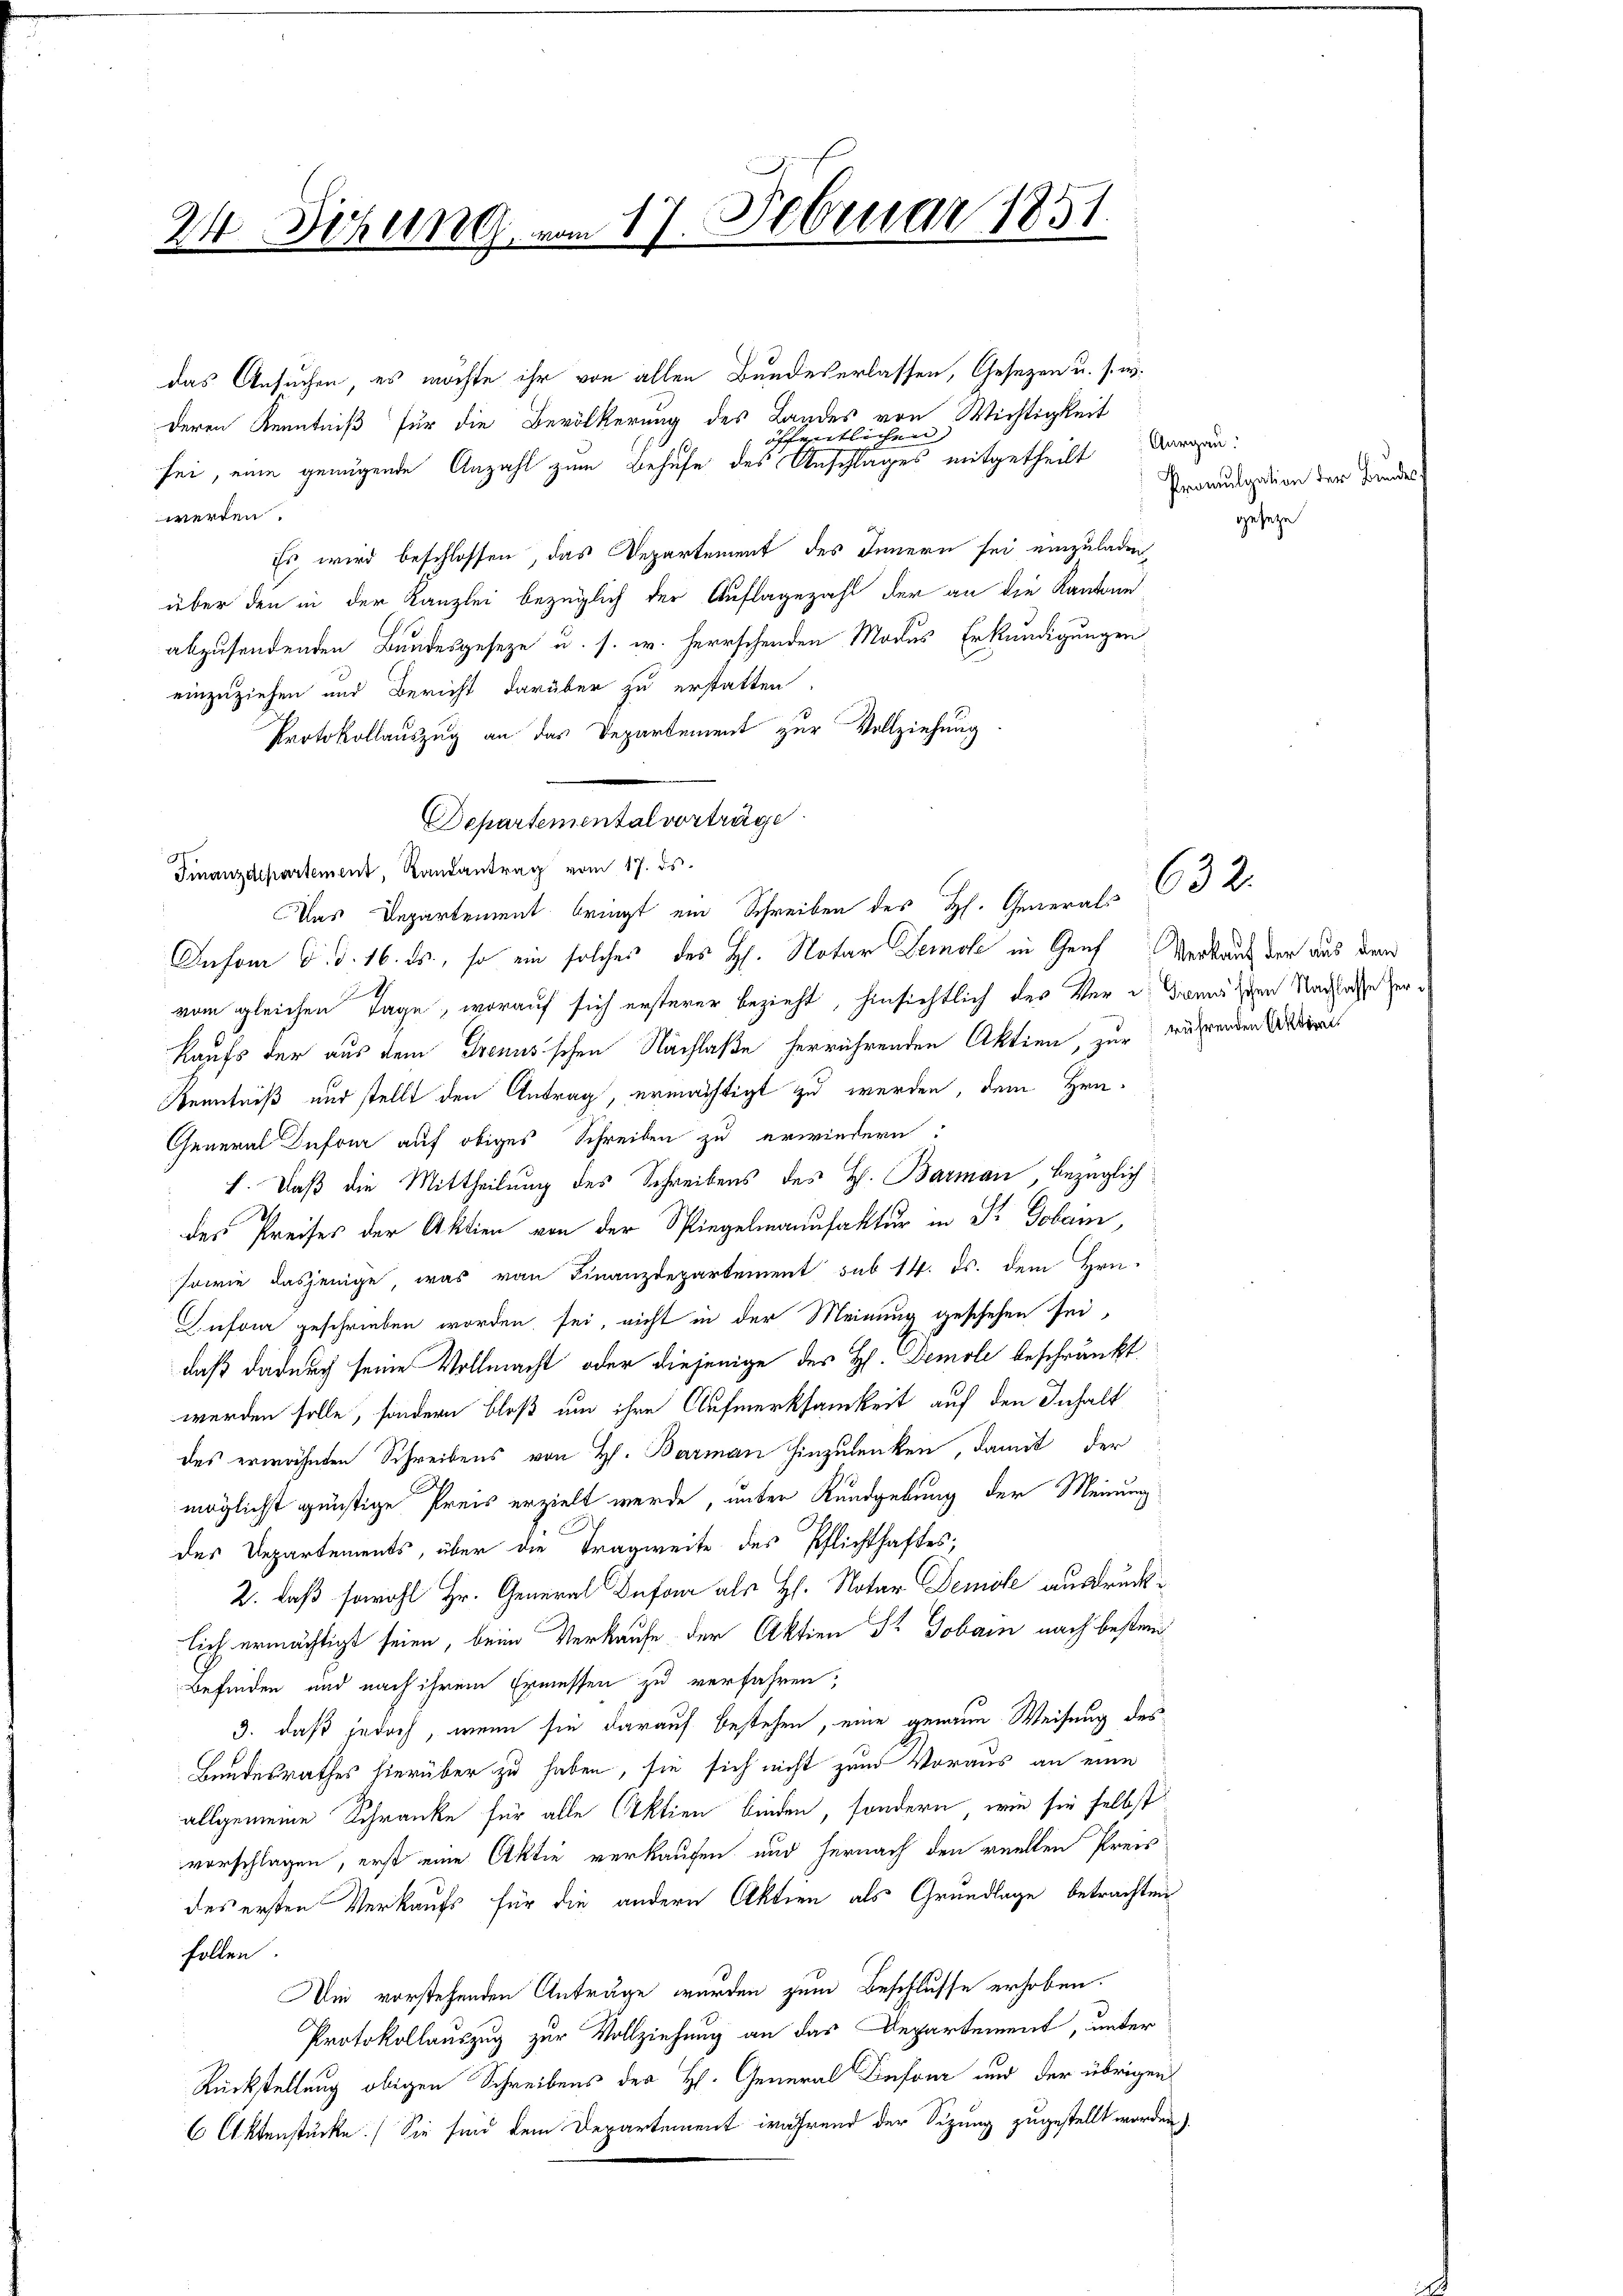
24 Sitzung vom 17. Februar 1851.

das Ansuchen, es möchte ihr von allen Bundeserlassen, Gesezen u. s. w.
deren Kenntniß für die Bevölkerung des Landes von Wichtigkeit
sei, eine genügende Anzahl zum Behufe des Anschlages mitgetheilt
werden.
Es wird beschlossen, das Departement des Innern sei einzuladen,
über den in der Kanzlei bezüglich der Auflagezahl der an die Kanton
abzusendenden Bundesgeseze u. s. w. herrschenden Modus Erkundigungen
einzuziehen und Bericht darüber zu erstatten.
Protokollauszug an das Departement zur Vollziehung
Departemental vorträge
Finanzdepartement, Landantrag vom 17. ds.
Das Departement bringt ein Schreiben des H. Generals
Dafom d. d. 16. ds., so ein solches des H. Notar Demole in Genf Verkauf der aus dem
vom gleichen Tage, worauf sich ersterer bezieht, hinsichtlich des Verdanischen Nachlasse her¬
Kaufs der aus dem Trennsschen Nachlaße herrührenden Aktien, zur währenden Ar
Kenntniß und stellt den Antrag, ermächtigt zu werden, dem Hrn.
General Dufour auf obiges Schreiben zu erwiedern:
f. Daß die Mittheilung des Schreibens des H. Barman, bezüglich
des Preises der Aktien von der Spiegelmanufaktur in Dr Gobain,
sowie dasjenige, was von Finanzdepartement sub 14. ds. dem Hrn.
ufour geschrieben worden sei, nicht in der Meinung geschehen sei,
daß dadurch seine Vollmacht oder diejenige des H. Demole beschränkt
werden solle, sondern bloß um ihre Aufmerksamkeit auf den Inhalt
des erwähnten Schreibens von H. Barman hinzulenken, damit der
möglichst günstige Preis erzielt werde, unter Kundgebung der Meinung
des Departements, über die Tragweite des Pflichthaftes;
2. daß sowohl Hr. General Dufour als H. Notar Demise ausdrücklich ermächtigt seien, beim Verkaufe der Aktien Dr Jobarn nach bestri
Befinden und nach ihrem Ermessen zu verfahren,
3. daß jedoch, wenn sie darauf bestehen, eine genaue Weisung des
Bundesrathes hierüber zu haben, sie sich nicht zum Voraus an eine
allgemeine Schranke für alle Aktien binden, sondern, wie sie selbst
vorschlagen, erst eine Aktie verkaufen und hernach den reellen Preis
des ersten Verkaufs für die andern Aktien als Grundlage betrachten
follen
Die vorstehenden Anträge wurden zum Beschlusse erhoben.
Protokollauszug zur Vollziehung an das Departement, unter
Rückstellung obigen Schreibens des H. General Beson und der übrigen
6 Aktenstücke) Sie sind dem Departement während der Sizung zugestellt worden)

öffentlichen

Aargau:
Promulgation der Bundes
geseze

632.